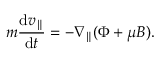
m \frac { \mathrm { d } v _ { \parallel } } { \mathrm { d } t } = - \nabla _ { \parallel } ( \Phi + \mu B ) .